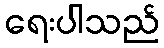
ရေးပါသည်